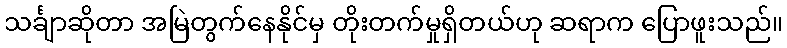
သင်္ချာဆိုတာ အမြဲတွက်နေနိုင်မှ တိုးတက်မှုရှိတယ်ဟု ဆရာက ပြောဖူးသည်။